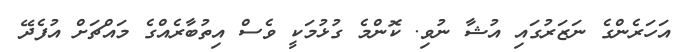
އަހަރެންގެ ނަޒަރުގައި އުޝާ ނުވި. ކޮންމެ ގުޅުމަކީ ވެސް އިތުބާރެއްގެ މައްޗަށް އުފެދޭ